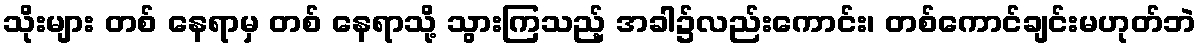
သိုးများ တစ် နေရာမှ တစ် နေရာသို့ သွားကြသည့် အခါ၌လည်းကောင်း၊ တစ်ကောင်ချင်းမဟုတ်ဘဲ